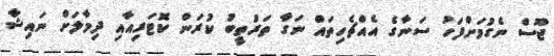
ޖޫސް ނެގުމަށްފަހު ސަނާގެ އެއްޗެހިތައް ނަގާ ތަރުތީބު ކުރަން ކޮޓަރިއާއި ދިމާލަށް ނައިޝާ